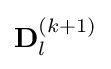
{\textstyle \mathbf {D} _{l}^{(k+1)}}